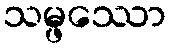
သမ္ဖဿော